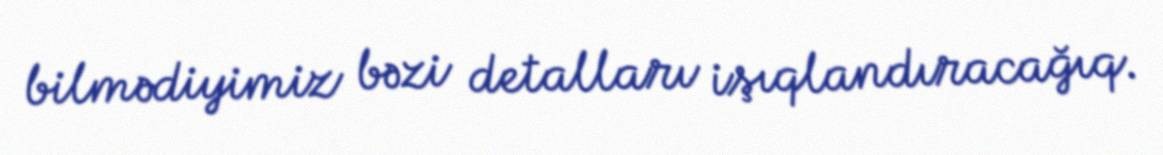
bilmədiyimiz bəzi detalları işıqlandıracağıq.